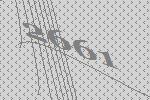
2661